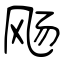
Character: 飏